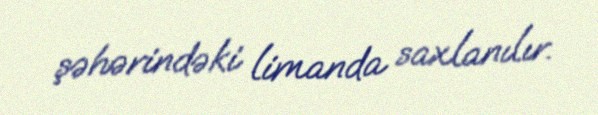
şəhərindəki limanda saxlanılır.